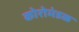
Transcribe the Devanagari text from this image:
कोरोमंडळ